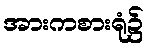
အားကစားရုံ၌